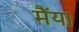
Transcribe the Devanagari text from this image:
मैंया